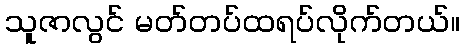
သူဇာလွင် မတ်တပ်ထရပ်လိုက်တယ်။